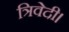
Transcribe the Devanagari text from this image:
त्रिवेदी।